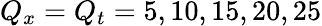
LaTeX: Q_{x}=Q_{t}=5,10,15,20,25